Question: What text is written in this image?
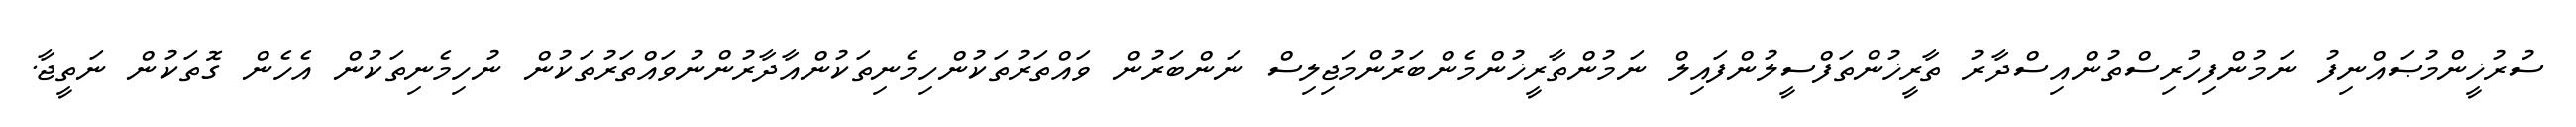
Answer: ސުރުޚީންމުޞައްނިފު ނަމުންފިހުރިސްތުންއިސްދާރު ތާރީޚުންތަފްސީލުންފައިލް ނަމުންތާރީޚުންމެންބަރުންމަޖިލިސް ނަންބަރުން ވައްތަރުތަކުންހިމެނިތަކުންއާދާރުންނުވައްތަރުތަކުން ނުހިމެނިތަކުން އެހެން ގޮތަކުން ނަތީޖާ.